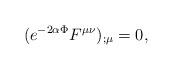
LaTeX: \begin{align*}(e^{-2 \alpha \Phi} F^{\mu \nu})_{; \mu}=0,\end{align*}